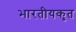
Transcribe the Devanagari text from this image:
भारतीयकृत